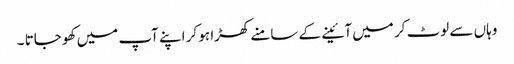
وہاں سے لوٹ کر میں آئینے کے سامنے کھڑا ہو کر اپنے آپ میں کھو جاتا ۔